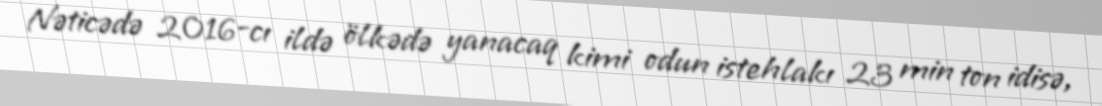
Nəticədə 2016-cı ildə ölkədə yanacaq kimi odun istehlakı 23 min ton idisə,